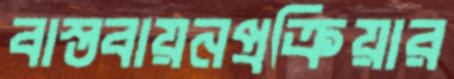
বাস্তবায়নপ্রক্রিয়ার